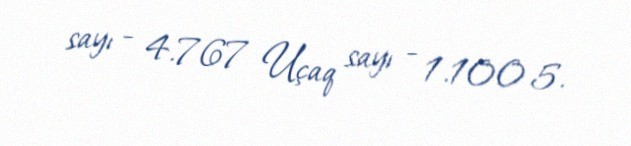
sayı - 4.767 Uçaq sayı - 1.100 5.